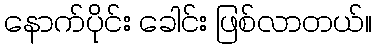
နောက်ပိုင်း ခေါင်း ဖြစ်လာတယ်။